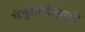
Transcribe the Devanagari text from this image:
पेट्रोलपेक्षाही